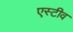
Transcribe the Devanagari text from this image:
एस्टीव